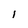
Character: l